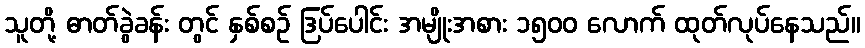
သူတို့ ဓာတ်ခွဲခန်း တွင် နှစ်စဉ် ဒြပ်ပေါင်း အမျိုးအစား ၁၅၀၀ လောက် ထုတ်လုပ်နေသည်။